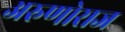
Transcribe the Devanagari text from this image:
अरुणोराज